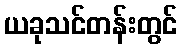
ယခုသင်တန်းတွင်